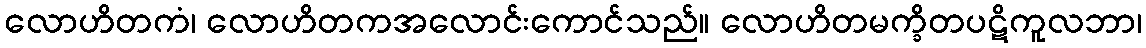
လောဟိတကံ၊ လောဟိတကအလောင်းကောင်သည်။ လောဟိတမက္ခိတပဋိကူလဘာ၊